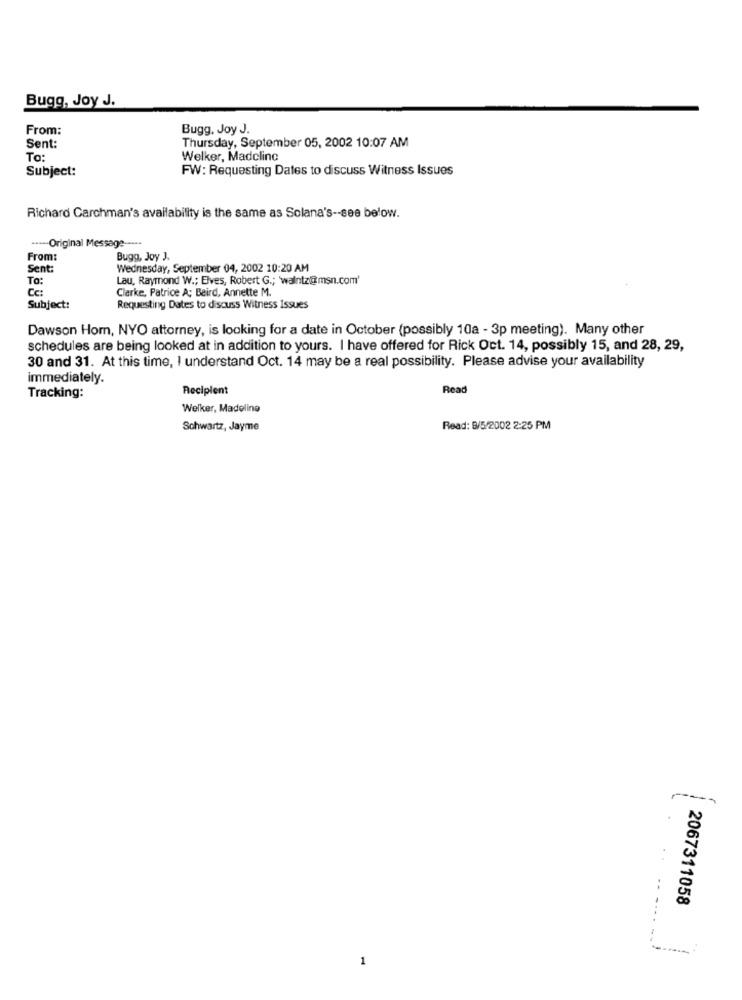
Bugg, Joy J.
From:
Bugg. Joy J.
Sent:
Thursday, September 05, 2002 10:07 AM
To:
Welker, Madeline
Subject:
FW: Requesting Dates to discuss Witness Issues
Richard Carchman's availability is the same as Solana's -- see below.
----- Original Message -....
From:
Bugg, Joy J.
Sent:
Wednesday, September 04, 2002 10:20 AM
To:
Lau, Raymond W .; Elves, Robert G .; 'walntz@msn.com'
Cc:
Clarke, Patrice A; Beird, Annette M.
Subject:
Requesting Dates to discuss Witness Issues
Dawson Hom, NYO attorney, is looking for a date in October (possibly 10a - 3p meeting). Many other
schedules are being looked at in addition to yours. I have offered for Rick Oct. 14, possibly 15, and 28, 29,
30 and 31. At this time, I understand Oct. 14 may be a real possibility. Please advise your availability
immediately.
Recipient
Read
Tracking:
Welker, Madeline
Schwartz, Jayme
Read: 8/5/2002 2:25 PM
2067311058
1